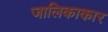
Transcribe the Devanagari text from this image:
जालिकाकार